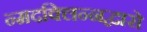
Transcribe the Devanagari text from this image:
न्मदक्लिन्नद्वारो